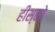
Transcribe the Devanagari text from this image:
हीस्सो